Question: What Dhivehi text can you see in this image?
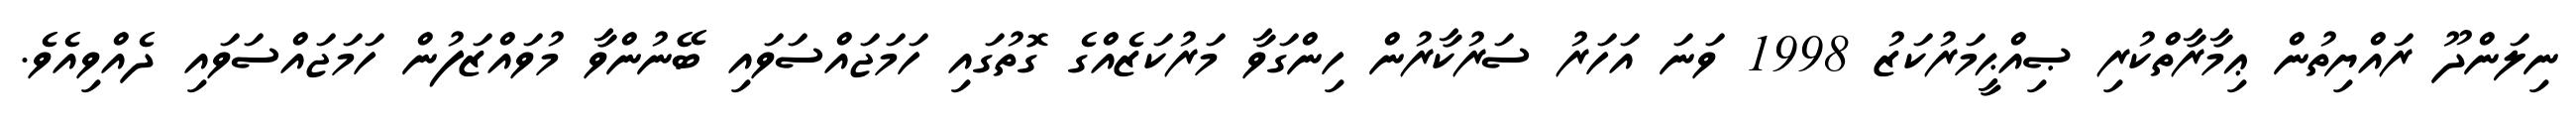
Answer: ނިލަންދޫ ރައްޔިތުން ޢިމާރާތްކުރި ޞިއްޙީމަރުކަޒު 1998 ވަނަ އަހަރު ސަރުކާރުން ހިންގަވާ މަރުކަޒެއްގެ ގޮތުގައި ހަމަޖައްސަވައި ބޭނުންވާ މުވައްޒަފުން ހަމަޖައްސަވައި ދެއްވިއެވެ.